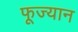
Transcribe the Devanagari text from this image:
फूज्यान